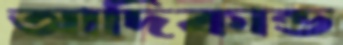
আদিকান্ড